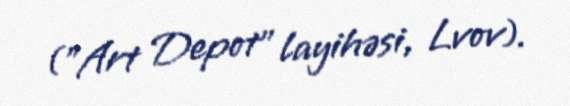
("Art Depot" layihəsi, Lvov).